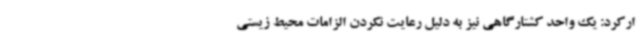
ارکرد: یک واحد کشتارگاهی نیز به دلیل رعایت نکردن الزامات محیط زیستی